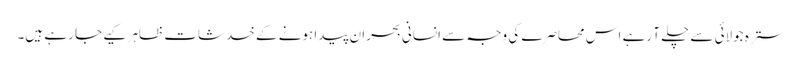
سترہ جولائی سے چلے آ رہے اس محاصرے کی وجہ سے انسانی بحران پیدا ہونے کے خدشات ظاہر کیے جا رہے ہیں۔